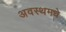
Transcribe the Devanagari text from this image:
अवस्थमधे